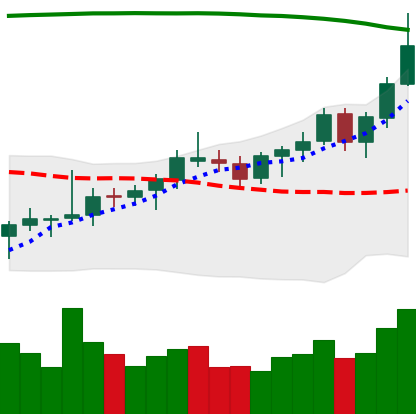
Ticker: BNB-USD
Chart end date: 2021-08-11
Forward return: 6.564%
Label: up_5_7